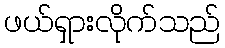
ဖယ်ရှားလိုက်သည်